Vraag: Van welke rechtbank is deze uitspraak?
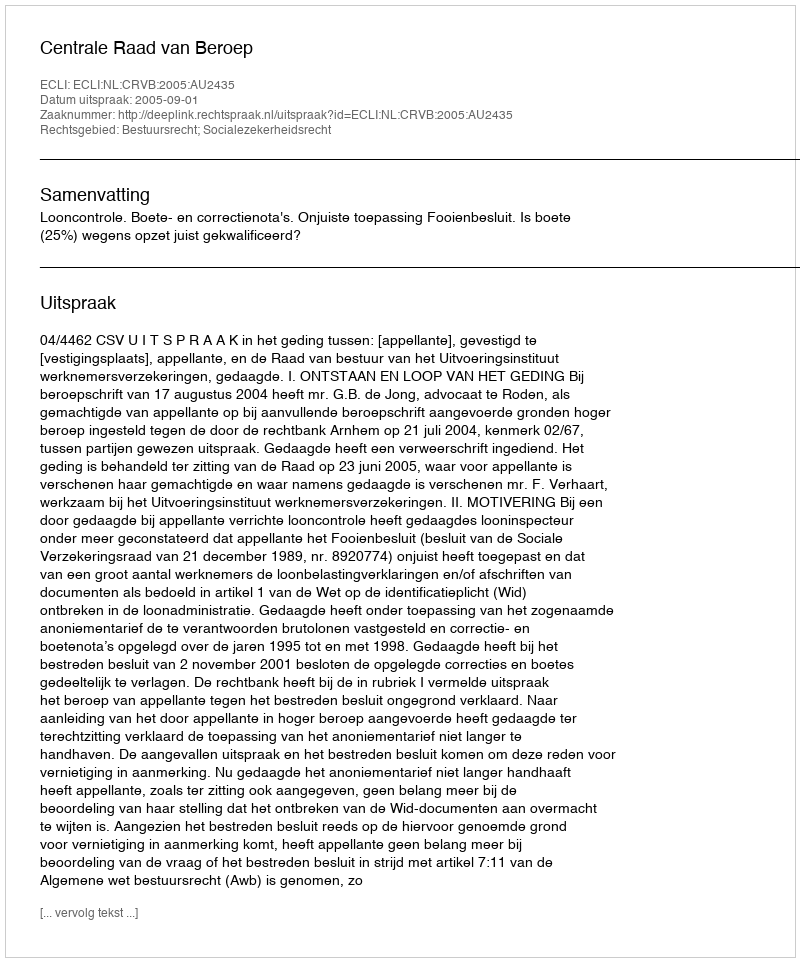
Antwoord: Centrale Raad van Beroep